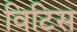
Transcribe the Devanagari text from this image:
विटिस